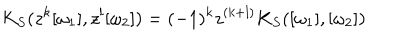
K _ { S } ( z ^ { k } [ \omega _ { 1 } ] , z ^ { l } [ \omega _ { 2 } ] ) = ( - 1 ) ^ { k } z ^ { ( k + l ) } K _ { S } ( [ \omega _ { 1 } ] , [ \omega _ { 2 } ] )